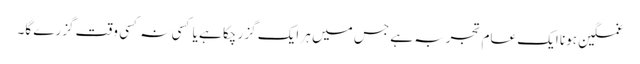
غمگین ہونا ایک عام تجربہ ہے جس میں ہر ایک گزر چکا ہے یا کسی نہ کسی وقت گزرے گا۔